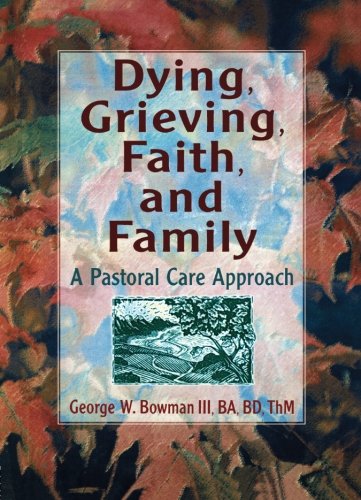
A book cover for Dying, Grieving, Faith, and Family: A Pastoral Care Approach; Harold G Koenig; Christian Books & Bibles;